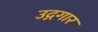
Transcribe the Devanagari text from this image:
उद्गगार